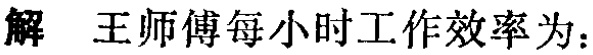
解 王师傅每小时工作效率为：